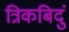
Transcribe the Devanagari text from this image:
त्रिकबिदुं